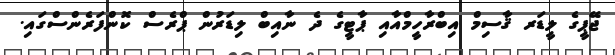
ޖޭޕީގެ ލީޑަރ ޤާސިމް އިބްރާހީމްއާއި ޕާޓީގެ ދެ ނާއިބް ލިޑަރުން ޕްރެސް ކޮންފަރެންސްގައި.